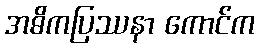
အဓိကပြဿနာ ကောင်က